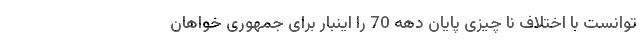
توانست با اختلاف نا چیزی پایان دهه 70 را اینبار برای جمهوری خواهان